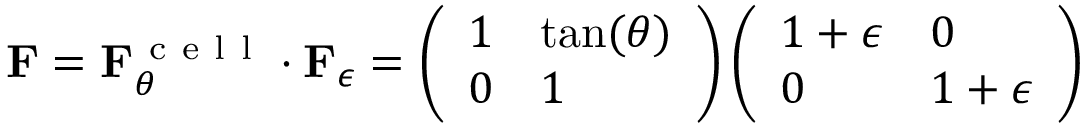
\begin{array} { r } { \mathbf { F } = \mathbf { F } _ { \theta } ^ { \mathrm { ~ c ~ e ~ l ~ l ~ } } \cdot \mathbf { F } _ { \epsilon } = \left( \begin{array} { l l } { 1 } & { \tan ( \theta ) } \\ { 0 } & { 1 } \end{array} \right) \left( \begin{array} { l l } { 1 + \epsilon } & { 0 } \\ { 0 } & { 1 + \epsilon } \end{array} \right) } \end{array}